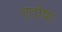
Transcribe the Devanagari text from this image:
एतोषा